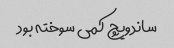
ساندویچ کمی سوخته بود